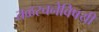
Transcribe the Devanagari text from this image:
तळरचनेविषयी